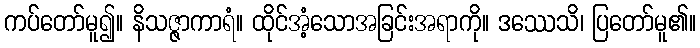
ကပ်တော်မူ၍။ နိသဇ္ဇာကာရံ။ ထိုင်အံ့သောအခြင်းအရာကို။ ဒဿေသိ၊ ပြတော်မူ၏။